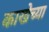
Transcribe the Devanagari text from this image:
काखेच्या